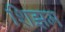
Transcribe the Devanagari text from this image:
शिझम